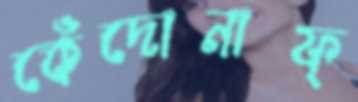
কেঁদোনাফ্